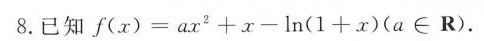
8.已知$$f ( x ) = a x {\prime} + x - ln ( 1 + x )$$(a\in R)。